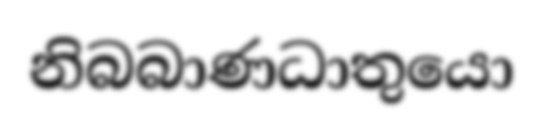
නිබබාණධාතුයො